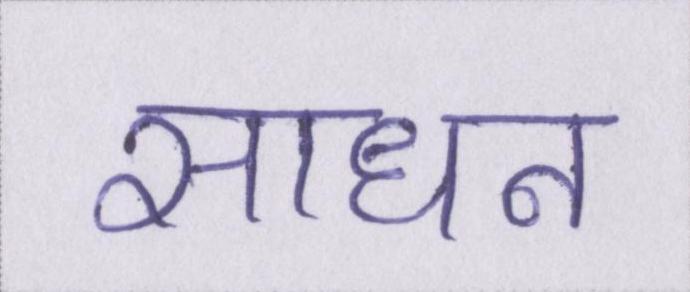
साधन